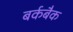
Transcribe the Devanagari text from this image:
बर्कबैक